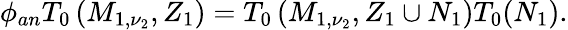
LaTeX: \phi_{an}T_{0}\left(M_{1,\nu_{2}},Z_{1}\right)=T_{0}\left(M_{1,\nu_{2}},Z_{1}\cup N_{1}\right)T_{0}(N_{1}).